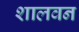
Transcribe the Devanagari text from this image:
शालवन